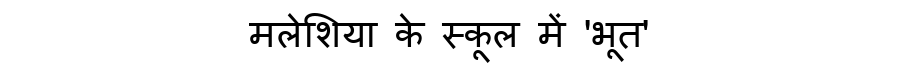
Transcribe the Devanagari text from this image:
मलेशिया के स्कूल में 'भूत'